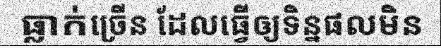
ធ្លាក់ច្រើន ដែលធ្វើឲ្យទិន្នផលមិន